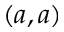
( a , a )